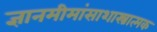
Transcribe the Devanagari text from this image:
ज्ञानमीमांसाशास्त्रात्मक